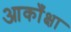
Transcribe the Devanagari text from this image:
आकाँक्षा